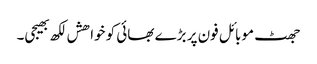
جھٹ موبائل فون پر بڑے بھائی کو خواھش لکھ بھیجی۔